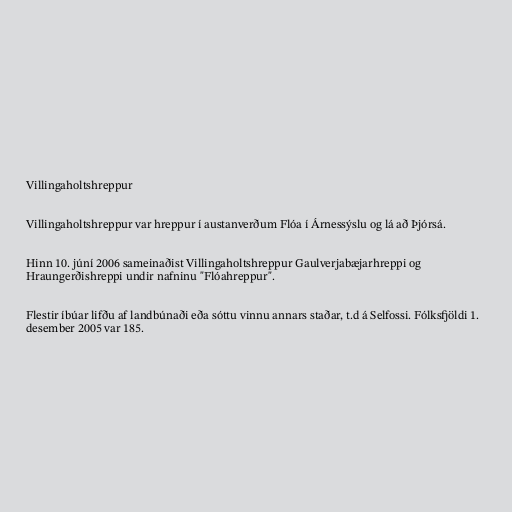
Villingaholtshreppur

Villingaholtshreppur var hreppur í austanverðum Flóa í Árnessýslu og lá að Þjórsá.

Hinn 10. júní 2006 sameinaðist Villingaholtshreppur Gaulverjabæjarhreppi og
Hraungerðishreppi undir nafninu "Flóahreppur".

Flestir íbúar lifðu af landbúnaði eða sóttu vinnu annars staðar, t.d á Selfossi. Fólksfjöldi 1.
desember 2005 var 185.